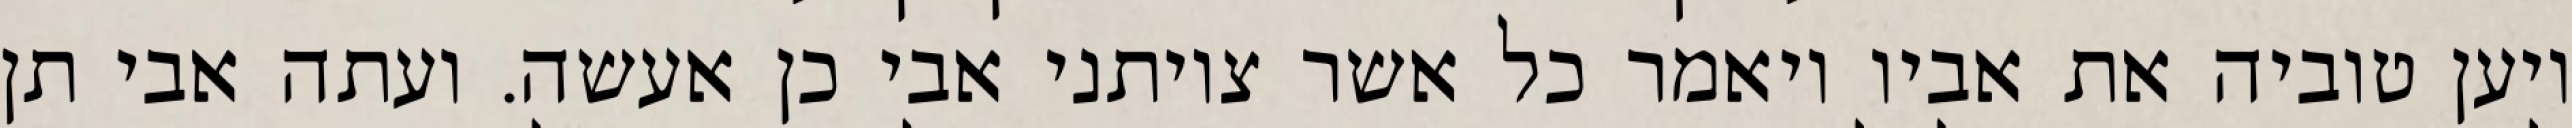
ויען טוביה את אביו ויאמר כל אשר צויתני אבי כן אעשה. ועתה אבי תן